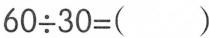
$$60\div 30=( )$$